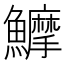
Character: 𱇇